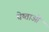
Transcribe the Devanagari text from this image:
चेष्ताओं